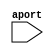
/*
 * Copyright 2018-2024 ISP RAS (http://www.ispras.ru)
 *
 * Licensed under the Apache License, Version 2.0 (the "License");
 * you may not use this file except in compliance with the License.
 * You may obtain a copy of the License at
 *
 *     http://www.apache.org/licenses/LICENSE-2.0
 *
 * Unless required by applicable law or agreed to in writing, software
 * distributed under the License is distributed on an "AS IS" BASIS,
 * WITHOUT WARRANTIES OR CONDITIONS OF ANY KIND, either express or implied.
 * See the License for the specific language governing permissions and
 * limitations under the License.
 */

// IEEE Std 1364-2005
//   12. Hierarchical structures
//     12.3 Ports
//       12.3.3 Port declarations
//         If a port declaration does not include a net or variable type, then the port can be again
//         declared in a net or variable declaration. If the net or variable is declared as a
//         vector, the range specification between the two declarations of a port shall be
//         identical. Once a name is used in a port declaration, it shall not be declared again in
//         another port declaration or in a data type declaration.

module test(aport);

  input aport; // First declaration - okay.
  `ifdef NEGATIVE_TEST
  input aport; // Error - multiple declaration, port declaration
  output aport; // Error - multiple declaration, port declaration
  `endif

endmodule